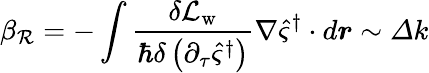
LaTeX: \beta_{\mathcal{R}}=-\int{\frac{\delta\mathcal{L}_{\mathrm{w}}}{\hbar\delta\left(\partial_{\tau}\hat{\varsigma}^{\dagger}\right)}\nabla\hat{\varsigma}^{\dagger}\cdot d\boldsymbol{r}}\sim\varDelta k